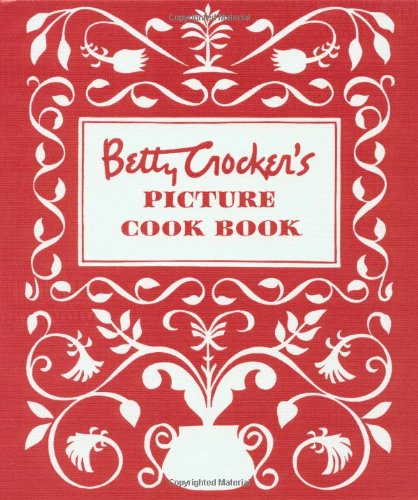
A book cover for Betty Crocker's Picture Cook Book; Betty Crocker; Cookbooks, Food & Wine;